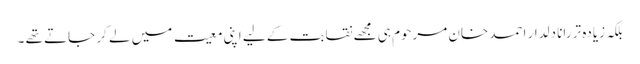
بلکہ زیادہ تر رانا دلدار احمد خان مرحوم ہی مجھے نقابت کے لیے اپنی معیت میں لے کر جاتے تھے ۔